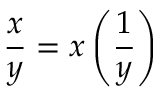
{ \frac { x } { y } } = x \left( { \frac { 1 } { y } } \right)